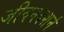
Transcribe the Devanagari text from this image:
जीवनदशर्न